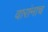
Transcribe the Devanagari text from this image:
वारांनाच